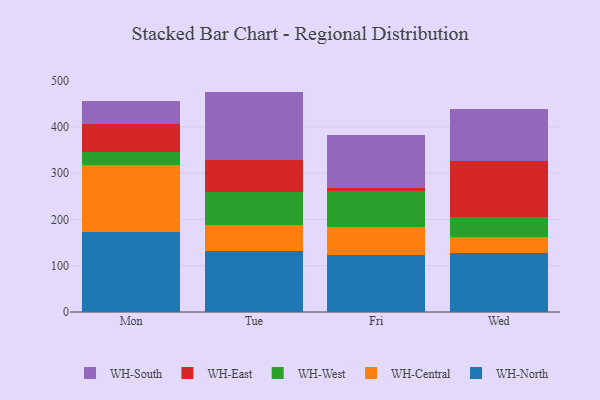
{"axis": {"x": "Day", "y": "Tickets Resolved"}, "legend": ["WH-Central", "WH-East", "WH-North", "WH-South", "WH-West"], "data": [{"x": "Mon", "y": 173.3, "type": "WH-North"}, {"x": "Mon", "y": 144.2, "type": "WH-Central"}, {"x": "Mon", "y": 29.4, "type": "WH-West"}, {"x": "Mon", "y": 59.7, "type": "WH-East"}, {"x": "Mon", "y": 49.7, "type": "WH-South"}, {"x": "Tue", "y": 132.1, "type": "WH-North"}, {"x": "Tue", "y": 56.5, "type": "WH-Central"}, {"x": "Tue", "y": 71.1, "type": "WH-West"}, {"x": "Tue", "y": 69.8, "type": "WH-East"}, {"x": "Tue", "y": 146.9, "type": "WH-South"}, {"x": "Fri", "y": 122.3, "type": "WH-North"}, {"x": "Fri", "y": 60.8, "type": "WH-Central"}, {"x": "Fri", "y": 77.5, "type": "WH-West"}, {"x": "Fri", "y": 7.8, "type": "WH-East"}, {"x": "Fri", "y": 113.3, "type": "WH-South"}, {"x": "Wed", "y": 128.5, "type": "WH-North"}, {"x": "Wed", "y": 33.6, "type": "WH-Central"}, {"x": "Wed", "y": 43.2, "type": "WH-West"}, {"x": "Wed", "y": 120.5, "type": "WH-East"}, {"x": "Wed", "y": 112.2, "type": "WH-South"}]}